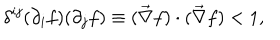
\delta ^ { i j } ( \partial _ { i } f ) ( \partial _ { j } f ) \equiv ( \vec { \nabla } f ) \cdot ( \vec { \nabla } f ) < 1 ,